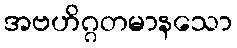
အဗဟိဂ္ဂတမာနသော